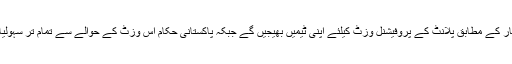
چینی حکام طریقہ کار کے مطابق پلانٹ کے پروفیشنل وزٹ کیلئے اپنی ٹیمیں بھیجیں گے جبکہ پاکستانی حکام اس وزٹ کے حوالے سے تمام تر سہولیات فراہم کریں گے ۔